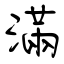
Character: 滿